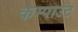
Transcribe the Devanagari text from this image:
कम्पाउंट